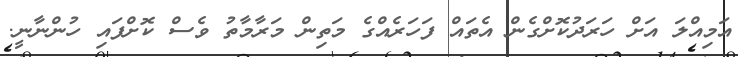
އަމިއްލަ އަށް ހަރަދުކޮށްގެން އެތައް ފަހަރެއްގެ މަތިން މަރާމާތު ވެސް ކޮށްފައި ހުންނާނީ.